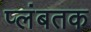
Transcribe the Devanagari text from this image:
प्लंबतक